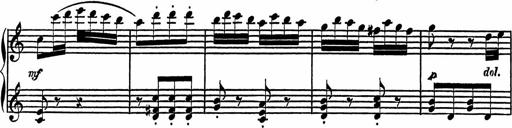
Title: 4 Piano Sonatinas
Composer: Adam Geibel